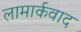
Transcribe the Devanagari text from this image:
लामार्कवाद